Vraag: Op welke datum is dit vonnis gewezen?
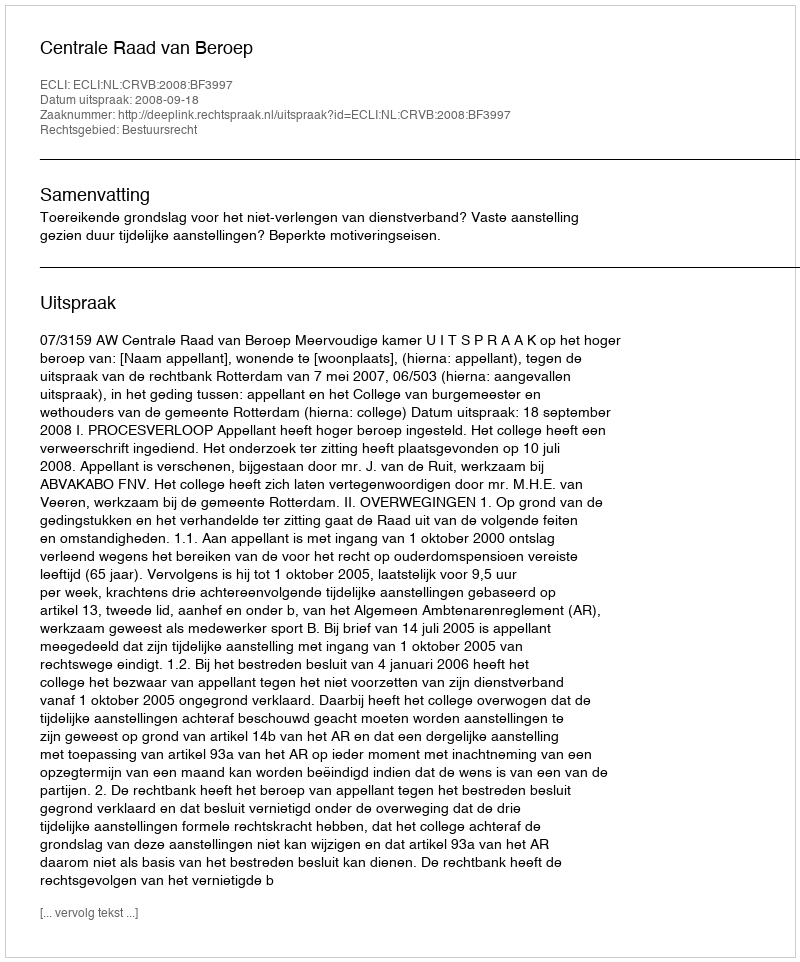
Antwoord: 2008-09-18